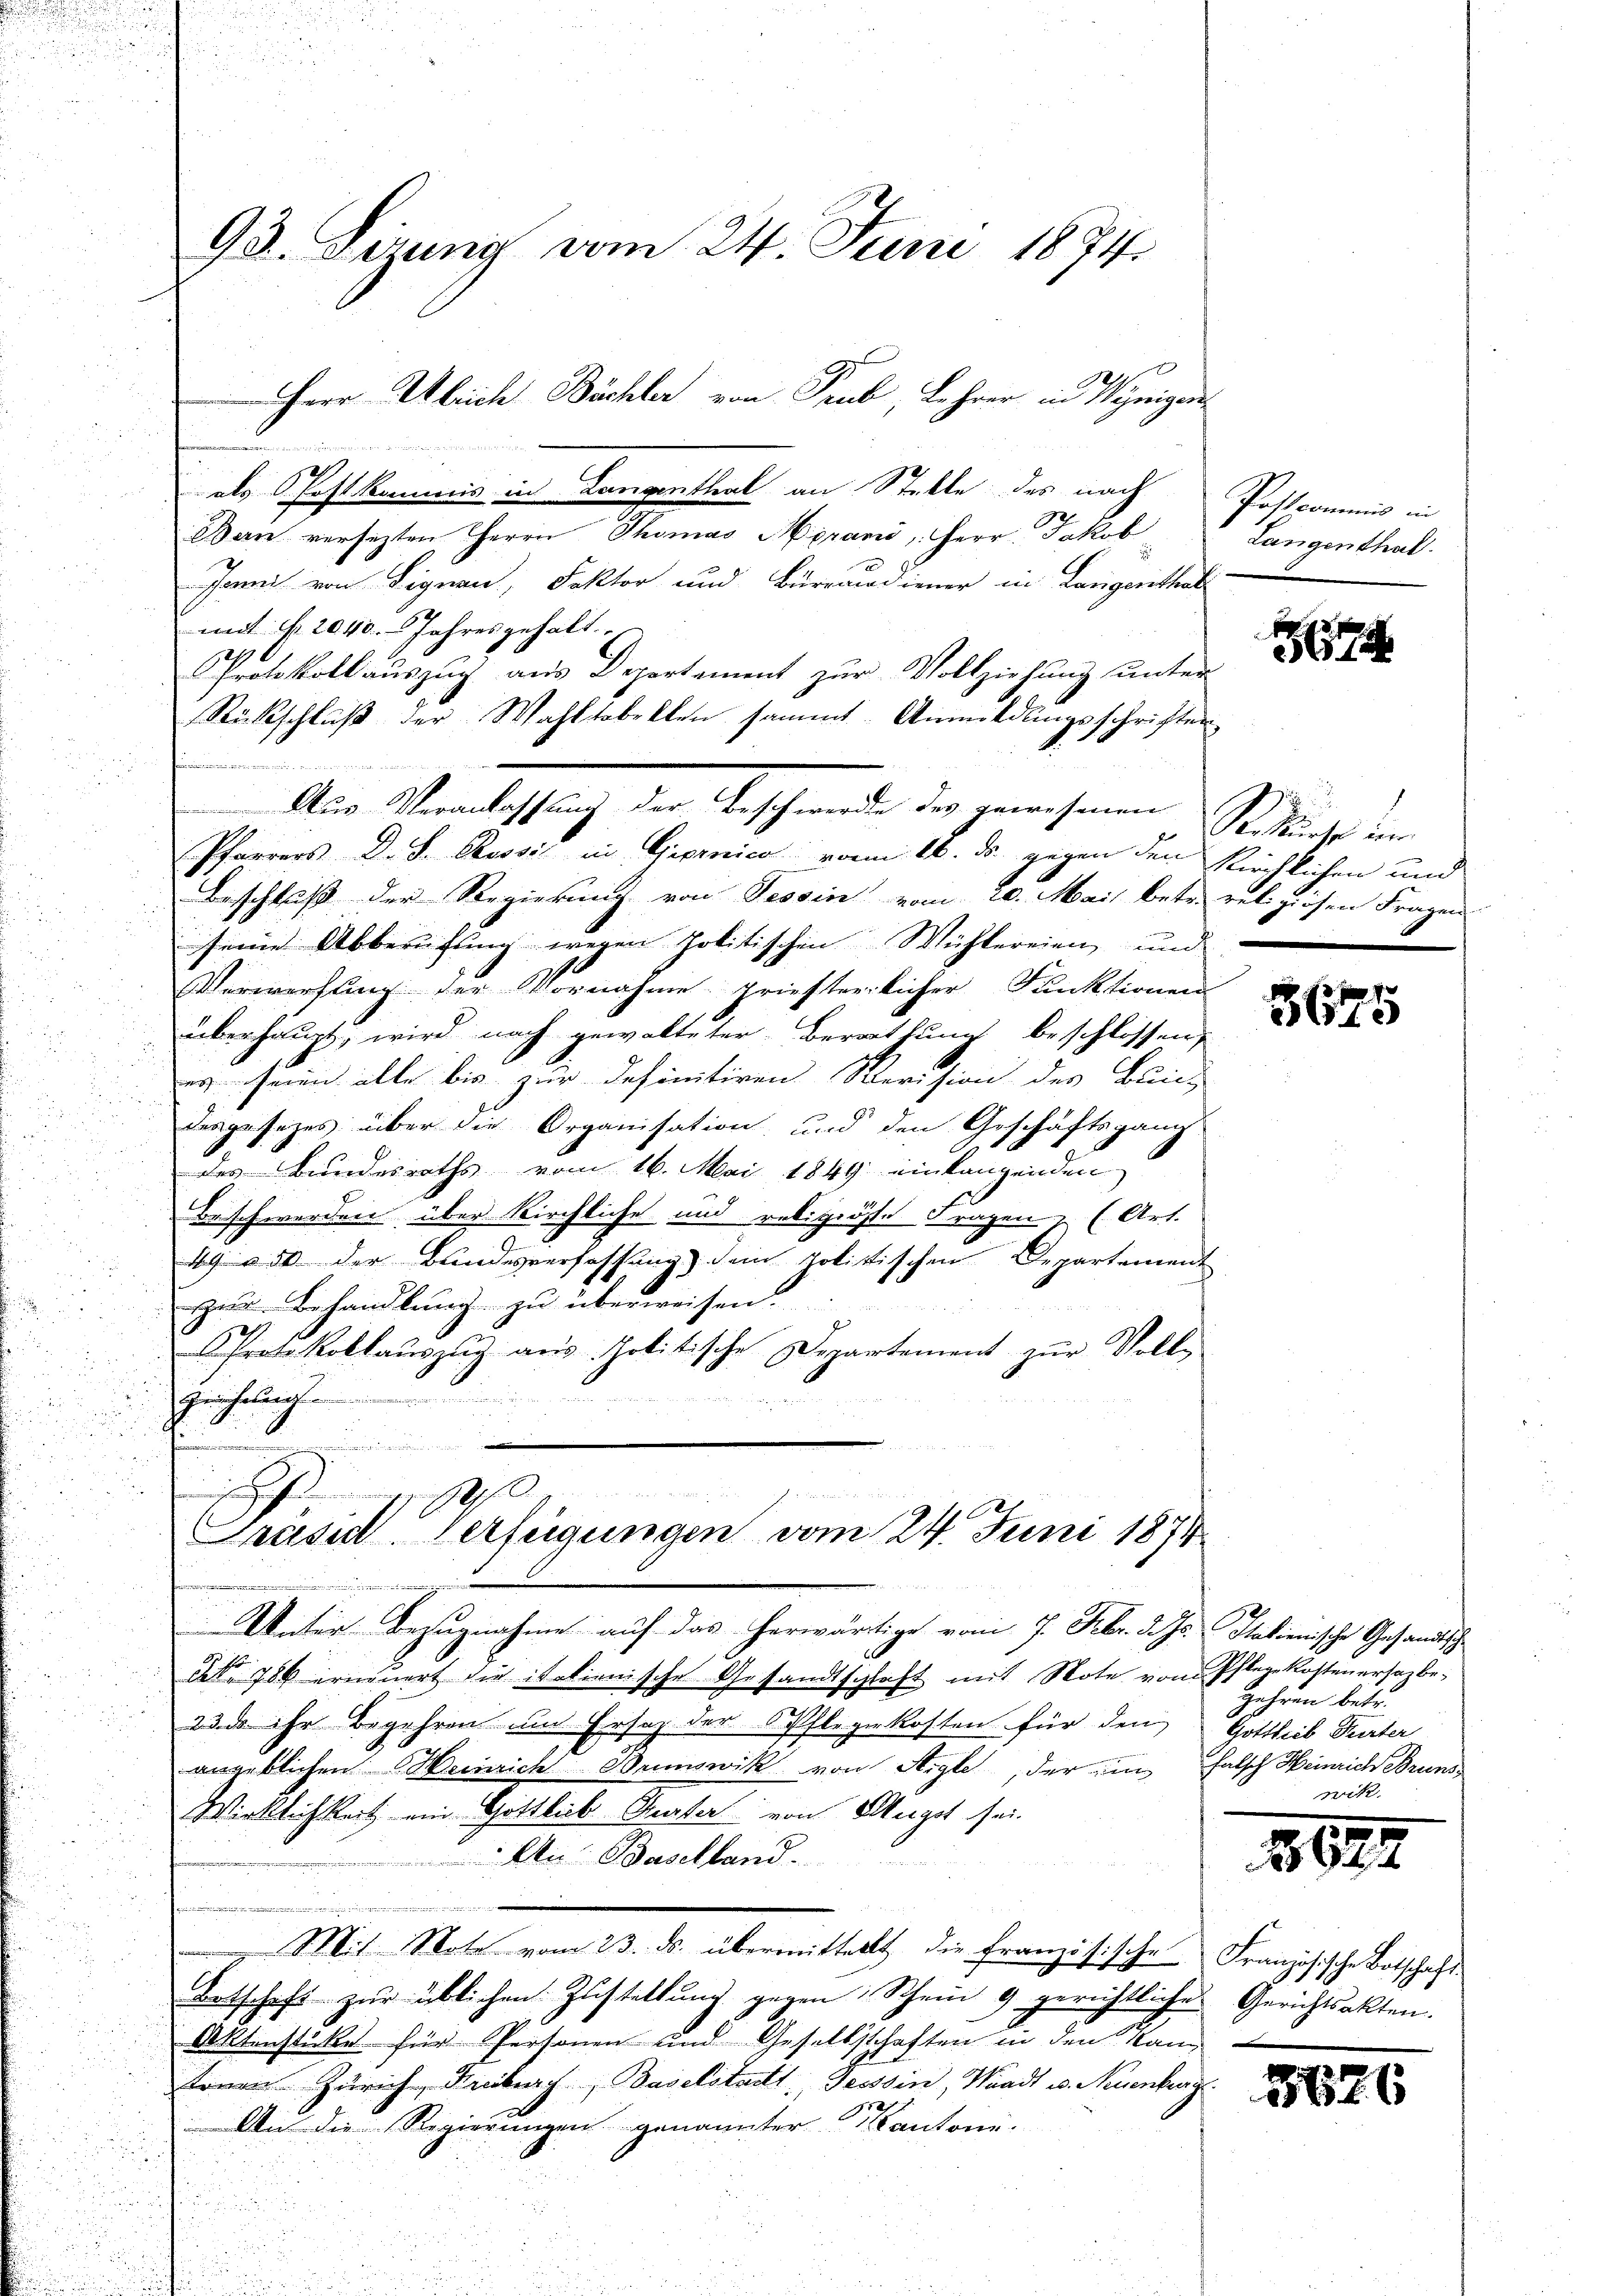
.

Ban versezten Herrn Thomas Apranić, Herr Jakob
Jam von Signau, Faktor und Burrandiener in Langenthal
mit §. 2040. Jahres gehalt.
Protokoll auszug aus Departement zur Vollziehung unter
Rückschluß der Wahltobekten sammt. Anmeldungsschriften
d
Pfarrers D. S. Rossić in Geprnica von 16. ds. gegen den Kirchlichen und
Beschluß der Regierung von Tessin vom 20. Mai betr. religiosen Fragen
seine Abberufung wegen politischen Wühlereien und
Verwerfung der Vornahme griesterlicher Funktionen
überhaupt, wird nach gewalteter Berathung beschlossen,
es seien alle bis zur definitiven Revision des Bun-
dergesezes über die Organisation und den Geschäftsgang
des Bundesraths vom 16. Mai 1849 einlangenden
Beschwerden über Kirchliche und religiöste Fragen (Art.
49 u. 30 der Bundesverfassung) dein politischen Departement
zur Behandlung zu überweisen.
Protokollaŭszŭg aŭs Politische Departement zŭr Voll-
Gerichtsant
n
s
Gräsid. Verfügungen vom 24. Juni 1874
immen in
e
Unter Bezugnahme auf das herwärtige vom 7. Febr. d. Js. Italienische Gesandtsche
Ct. 786 erneuert die italienische Gesandtschlaft mit Note vom
23. d. ihr Begehren um Ersatz der Pflegerkosten für den Gottleib Turter
angeblichen Heinrich Brunswik von Aigle, der ein falsch Heinrich Bruns
Wirklichkeit ein Gottlieb Gurter von Augst sei.
An Baselland.
.
Mit Note vom 23. ds. übermittellt die Französische Französische Botschaft
Botschaft zŭr üblichen Zustellŭng gegen Schein 9 gerichtliche Gerichtsakten.
Aktenstücke für Personen und Gesellschaften in den Kan
toren Zürich, Freiburg, Baselstatt, Tessin, Waadt u. Neuenburg
An die Regierungen genannter Kantone.
i

95. Dirung vom 24. Juni 1874.
 Herr Ulrich Bächler von Trub, Lehrer in Wenigen

.
als hoftkommis in Langenthal an Stelle des nach

Aus Veranlassung der Geschwerde der gewesenen Weitliche un

Pattcommis in
Langenthal.

k
5674

2

5675

Pflegekostenersazbe-
E
gehren betr.
wik.

1629

5626